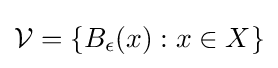
{\mathcal {V}}=\{B_{\epsilon }(x):x\in X\}